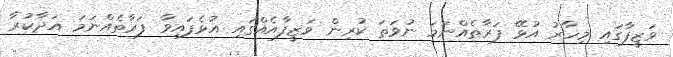
ވަޒީފާގައި މިހާރު އުޅޭ ފަރާތެއްނަމަ ނުވަތަ ކުރިން ވަޒީފާއެއްގައި އުޅެފައިވާ ފަރާތެއްނަމަ އަދާކުރާ